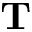
\mathbf { T }